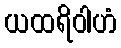
ယထရိဝါဟံ